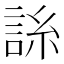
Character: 𧧈